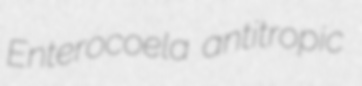
Enterocoela antitropic